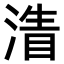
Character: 𣹴